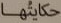
حكايتها